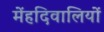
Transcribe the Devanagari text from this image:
मेंहदिवालियों